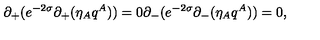
\partial _ { + } ( e ^ { - 2 \sigma } \partial _ { + } ( \eta _ { A } q ^ { A } ) ) = 0 \partial _ { - } ( e ^ { - 2 \sigma } \partial _ { - } ( \eta _ { A } q ^ { A } ) ) = 0 ,